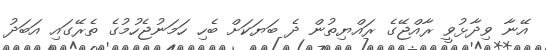
އޭނާ ވިދާޅުވީ ރާއްޖޭގެ ރައްޔިތުން ދެ ބަޔަކަށް ބެހި ހަމަނުޖެހުމުގެ ތެރޭގައި އަބަދު